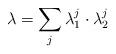
LaTeX: \begin{align*}\lambda = \sum_j \lambda_1^j \cdot \lambda_2^j\end{align*}